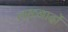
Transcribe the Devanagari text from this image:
लख्नादों